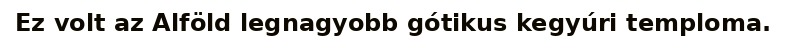
Ez volt az Alföld legnagyobb gótikus kegyúri temploma.